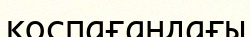
қоспағандағы